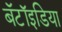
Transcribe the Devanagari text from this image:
बॅटॉइडिया